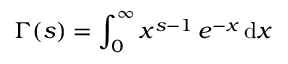
\Gamma ( s ) = \int _ { 0 } ^ { \infty } x ^ { s - 1 } \, e ^ { - x } \, \mathrm { d } x